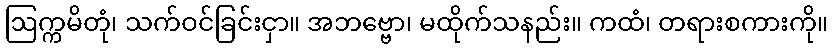
ဩက္ကမိတုံ၊ သက်ဝင်ခြင်းငှာ။ အဘဗ္ဗော၊ မထိုက်သနည်း။ ကထံ၊ တရားစကားကို။